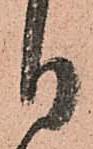
日